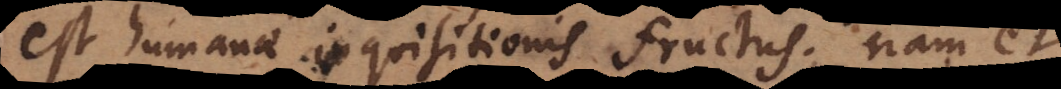
est humanae inquisitionis fructus; nam et